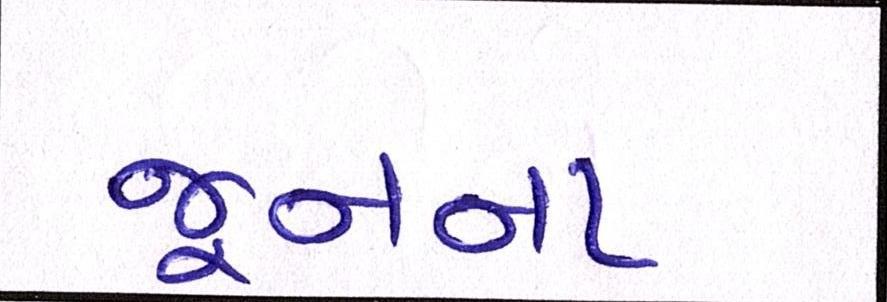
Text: જૂનના